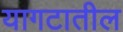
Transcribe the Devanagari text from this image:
यागटातील